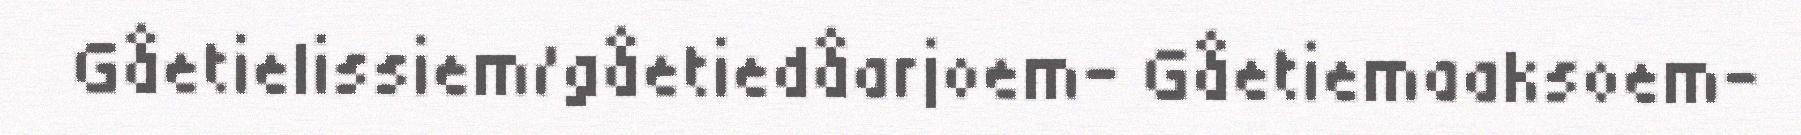
Gåetielissiem/gåetiedåarjoem- Gåetiemaaksoem-